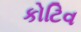
કોટિવ